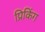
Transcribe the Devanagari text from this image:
प्रिकिंग